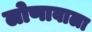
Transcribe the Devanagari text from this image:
लोणावाला